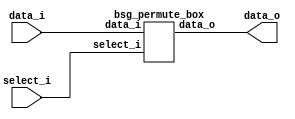
// This program was cloned from: https://github.com/chipsalliance/UHDM-integration-tests
// License: Apache License 2.0



module top
(
  data_i,
  select_i,
  data_o
);

  input [15:0] data_i;
  input [31:0] select_i;
  output [15:0] data_o;

  bsg_permute_box
  wrapper
  (
    .data_i(data_i),
    .select_i(select_i),
    .data_o(data_o)
  );


endmodule



module bsg_permute_box
(
  data_i,
  select_i,
  data_o
);

  input [15:0] data_i;
  input [31:0] select_i;
  output [15:0] data_o;
  wire [15:0] data_o;
  assign data_o[15] = data_i[15];
  assign data_o[14] = data_i[14];
  assign data_o[13] = data_i[13];
  assign data_o[12] = data_i[12];
  assign data_o[11] = data_i[11];
  assign data_o[10] = data_i[10];
  assign data_o[9] = data_i[9];
  assign data_o[8] = data_i[8];
  assign data_o[7] = data_i[7];
  assign data_o[6] = data_i[6];
  assign data_o[5] = data_i[5];
  assign data_o[4] = data_i[4];
  assign data_o[3] = data_i[3];
  assign data_o[2] = data_i[2];
  assign data_o[1] = data_i[1];
  assign data_o[0] = data_i[0];

endmodule